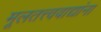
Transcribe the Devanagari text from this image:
मूलतत्त्ववाद्यांना